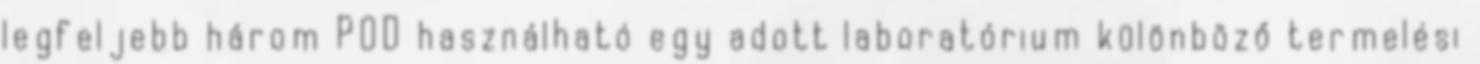
legfeljebb három POD használható egy adott laboratórium különböző termelési